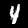
Label: 4